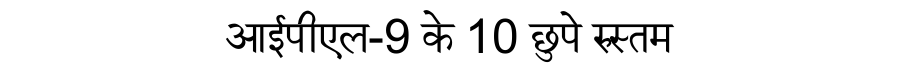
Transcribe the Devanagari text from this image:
आईपीएल-9 के 10 छुपे रुस्तम